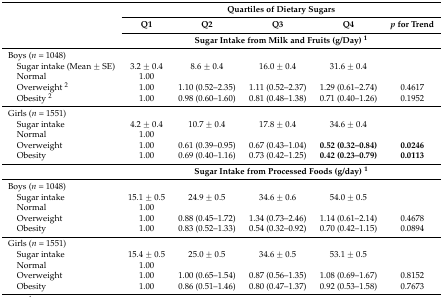
<table><thead><tr><td rowspan="3"></td><td colspan="5"><b>Quartiles of Dietary Sugars</b></td></tr><tr><td><b>Q1</b></td><td><b>Q2</b></td><td><b>Q3</b></td><td><b>Q4</b></td><td><b><i>p</i> for Trend</b></td></tr><tr><td colspan="5"><b>Sugar Intake from Milk and Fruits (g/Day) <sup>1</sup></b></td></tr></thead><tbody><tr><td>Boys (<i>n</i> = 1048)</td><td></td><td></td><td></td><td></td><td></td></tr><tr><td> Sugar intake (Mean ± SE)</td><td>3.2 ± 0.4</td><td>8.6 ± 0.4</td><td>16.0 ± 0.4</td><td>31.6 ± 0.4</td><td></td></tr><tr><td> Normal</td><td>1.00</td><td></td><td></td><td></td><td></td></tr><tr><td> Overweight <sup>2</sup></td><td>1.00</td><td>1.10 (0.52–2.35)</td><td>1.11 (0.52–2.37)</td><td>1.29 (0.61–2.74)</td><td>0.4617</td></tr><tr><td> Obesity <sup>2</sup></td><td>1.00</td><td>0.98 (0.60–1.60)</td><td>0.81 (0.48–1.38)</td><td>0.71 (0.40–1.26)</td><td>0.1952</td></tr><tr><td>Girls (<i>n</i> = 1551)</td><td></td><td></td><td></td><td></td><td></td></tr><tr><td> Sugar intake</td><td>4.2 ± 0.4</td><td>10.7 ± 0.4</td><td>17.8 ± 0.4</td><td>34.6 ± 0.4</td><td></td></tr><tr><td> Normal</td><td>1.00</td><td></td><td></td><td></td><td></td></tr><tr><td> Overweight</td><td>1.00</td><td>0.61 (0.39–0.95)</td><td>0.67 (0.43–1.04)</td><td><b>0.52 (0.32–0.84)</b></td><td><b>0.0246</b></td></tr><tr><td> Obesity</td><td>1.00</td><td>0.69 (0.40–1.16)</td><td>0.73 (0.42–1.25)</td><td><b>0.42 (0.23–0.79)</b></td><td><b>0.0113</b></td></tr><tr><td></td><td colspan="5"><b>Sugar Intake from Processed Foods (g/day) <sup>1</sup></b></td></tr><tr><td>Boys (<i>n</i> = 1048)</td><td></td><td></td><td></td><td></td><td></td></tr><tr><td> Sugar intake</td><td>15.1 ± 0.5</td><td>24.9 ± 0.5</td><td>34.6 ± 0.6</td><td>54.0 ± 0.5</td><td></td></tr><tr><td> Normal</td><td>1.00</td><td></td><td></td><td></td><td></td></tr><tr><td> Overweight</td><td>1.00</td><td>0.88 (0.45–1.72)</td><td>1.34 (0.73–2.46)</td><td>1.14 (0.61–2.14)</td><td>0.4678</td></tr><tr><td> Obesity</td><td>1.00</td><td>0.83 (0.52–1.33)</td><td>0.54 (0.32–0.92)</td><td>0.70 (0.42–1.15)</td><td>0.0894</td></tr><tr><td>Girls (<i>n</i> = 1551)</td><td></td><td></td><td></td><td></td><td></td></tr><tr><td> Sugar intake</td><td>15.4 ± 0.5</td><td>25.0 ± 0.5</td><td>34.6 ± 0.5</td><td>53.1 ± 0.5</td><td></td></tr><tr><td> Normal</td><td>1.00</td><td></td><td></td><td></td><td></td></tr><tr><td> Overweight</td><td>1.00</td><td>1.00 (0.65–1.54)</td><td>0.87 (0.56–1.35)</td><td>1.08 (0.69–1.67)</td><td>0.8152</td></tr><tr><td> Obesity</td><td>1.00</td><td>0.86 (0.51–1.46)</td><td>0.80 (0.47–1.37)</td><td>0.92 (0.53–1.58)</td><td>0.7673</td></tr></tbody></table>